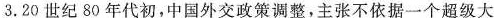
3.20世纪80年代初，中国外交政策调整，主张不依据一个超级大